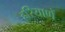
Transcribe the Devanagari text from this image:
हरियाणें